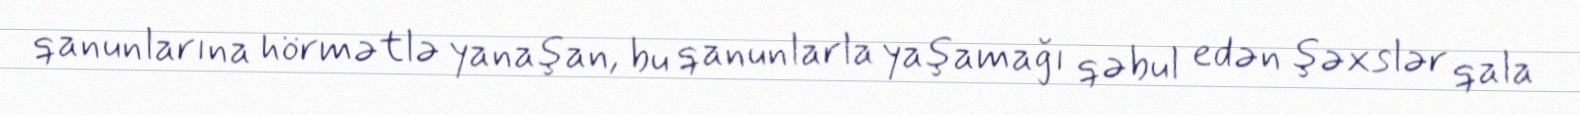
qanunlarına hörmətlə yanaşan, bu qanunlarla yaşamağı qəbul edən şəxslər qala